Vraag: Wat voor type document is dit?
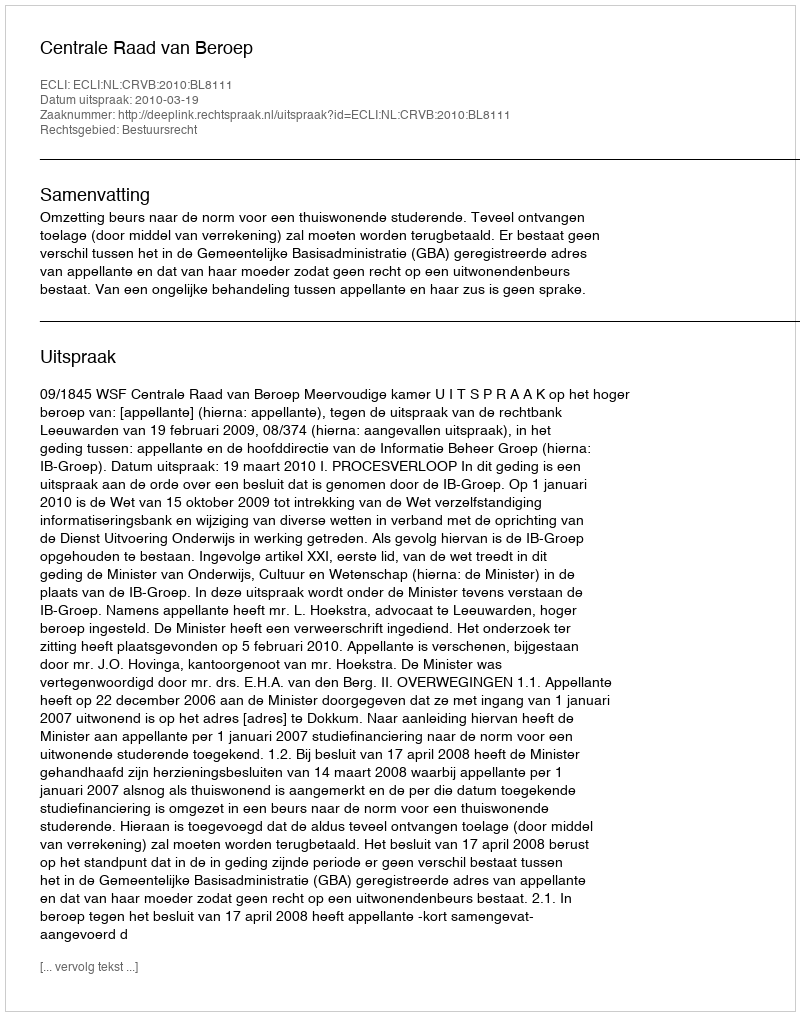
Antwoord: Uitspraak